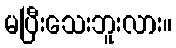
မပြီးသေးဘူးလား။